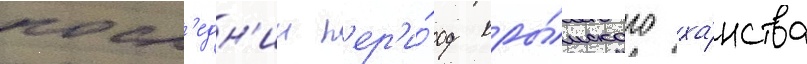
посл'едн'ии п'ер'и́од кры́мского ха́нства